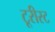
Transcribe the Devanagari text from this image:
टूरीस्ट